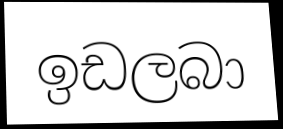
ඉඩලබා